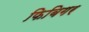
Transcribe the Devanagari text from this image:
फिबिगर